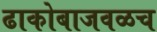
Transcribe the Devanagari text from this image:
ढाकोबाजवळच